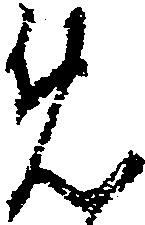
め